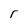
Character: r